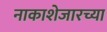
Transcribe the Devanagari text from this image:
नाकाशेजारच्या